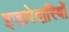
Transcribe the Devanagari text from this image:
इज़ारेदारियों